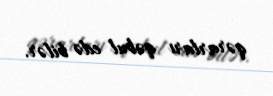
qərarları qəbul edə bilər.